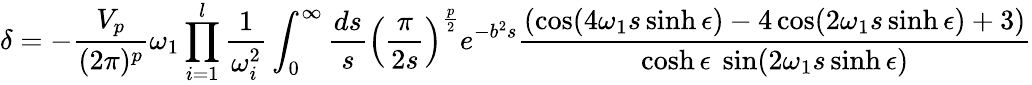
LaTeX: \delta=-\frac{V_{p}}{(2\pi)^{p}}\omega_{1}\prod_{i=1}^{l}\frac{1}{\omega_{i}^{2}}\int_{0}^{\infty}\frac{ds}{s}\left(\frac{\pi}{2s}\right)^{\frac{p}{2}}e^{-b^{2}s}\frac{(\cos(4\omega_{1}s\sinh\epsilon)-4\cos(2\omega_{1}s\sinh\epsilon)+3)}{\cosh\epsilon~\sin(2\omega_{1}s\sinh\epsilon)}